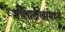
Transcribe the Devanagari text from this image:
शीलालेखांमध्ये